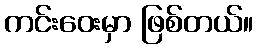
ကင်းဝေးမှာ ဖြစ်တယ်။